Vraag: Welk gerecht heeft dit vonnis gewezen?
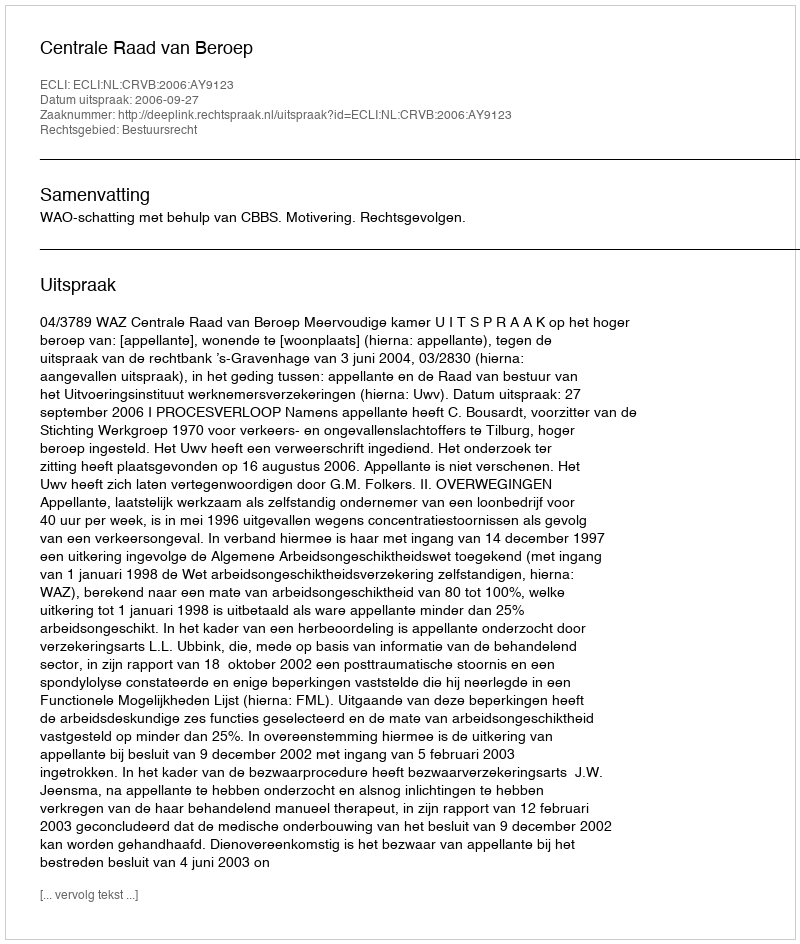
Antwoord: Centrale Raad van Beroep